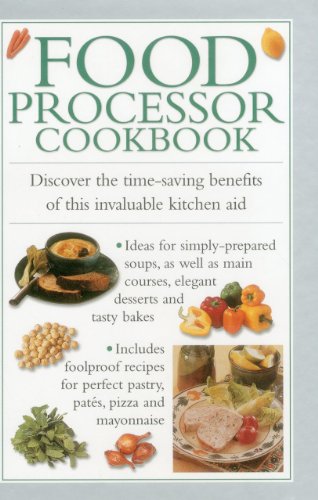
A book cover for Food Processor Cookbook: Discover The Time-saving Benefits Of This Invaluable Kitchen Aid; Valerie Ferguson; Cookbooks, Food & Wine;